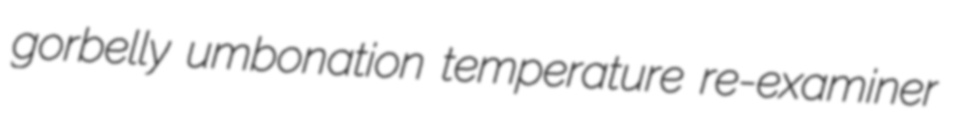
gorbelly umbonation temperature re-examiner